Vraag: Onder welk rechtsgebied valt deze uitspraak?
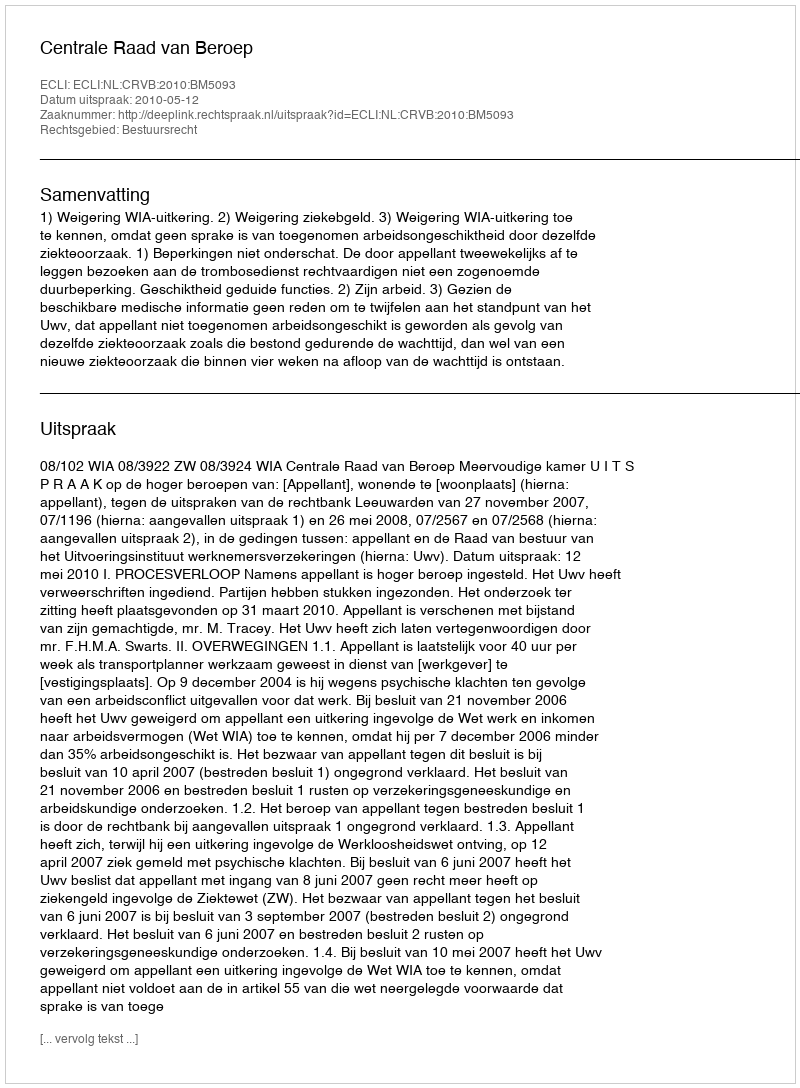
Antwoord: Bestuursrecht